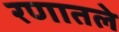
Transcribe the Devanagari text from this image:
रणातले